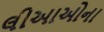
લીઆઓના